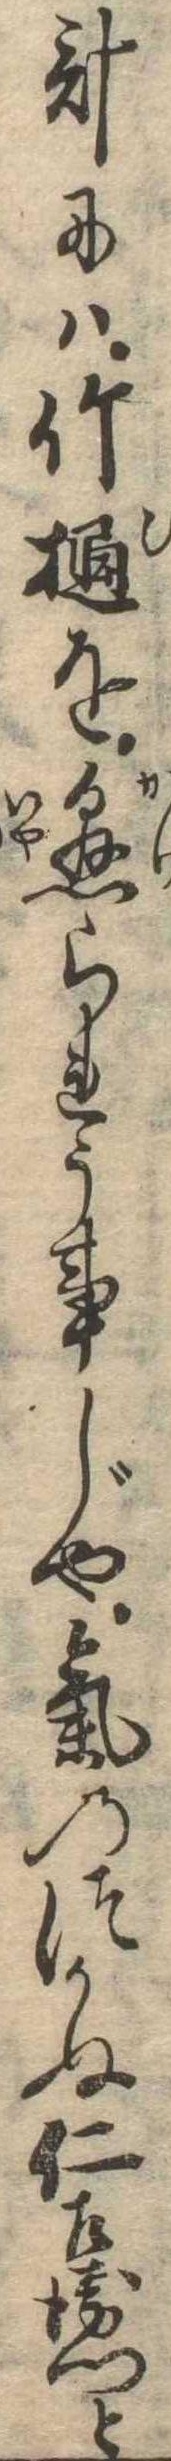
計には竹樋を懸られう事じや気のつかぬ仁左衛門と